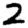
Digit: 2